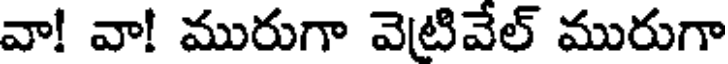
వా! వా! మురుగా వెటివేల్ మురుగా